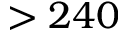
> 2 4 0